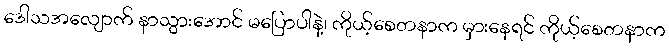
ဒေါသအလျောက် နာသွားအောင် မပြောပါနဲ့၊ ကိုယ့်စေတနာက မှားနေရင် ကိုယ့်စေတနာက